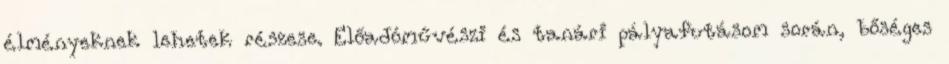
élményeknek lehetek részese. Előadóművészi és tanári pályafutásom során, bőséges